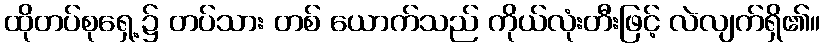
ထိုတပ်စုရှေ့၌ တပ်သား တစ် ယောက်သည် ကိုယ်လုံးတီးဖြင့် လဲလျက်ရှိ၏။